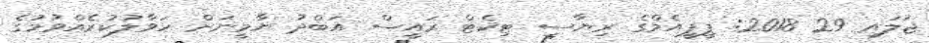
ޖުލައި 29 2018: ޕީޕީއެމްގެ ރިޔާސީ ޓިކެޓް ރައީސް އަބްދު ޔާމީނަށް ހަވާލުކުރެއްވުމުގެ